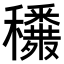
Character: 𥤈